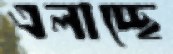
এলাচ্ছে